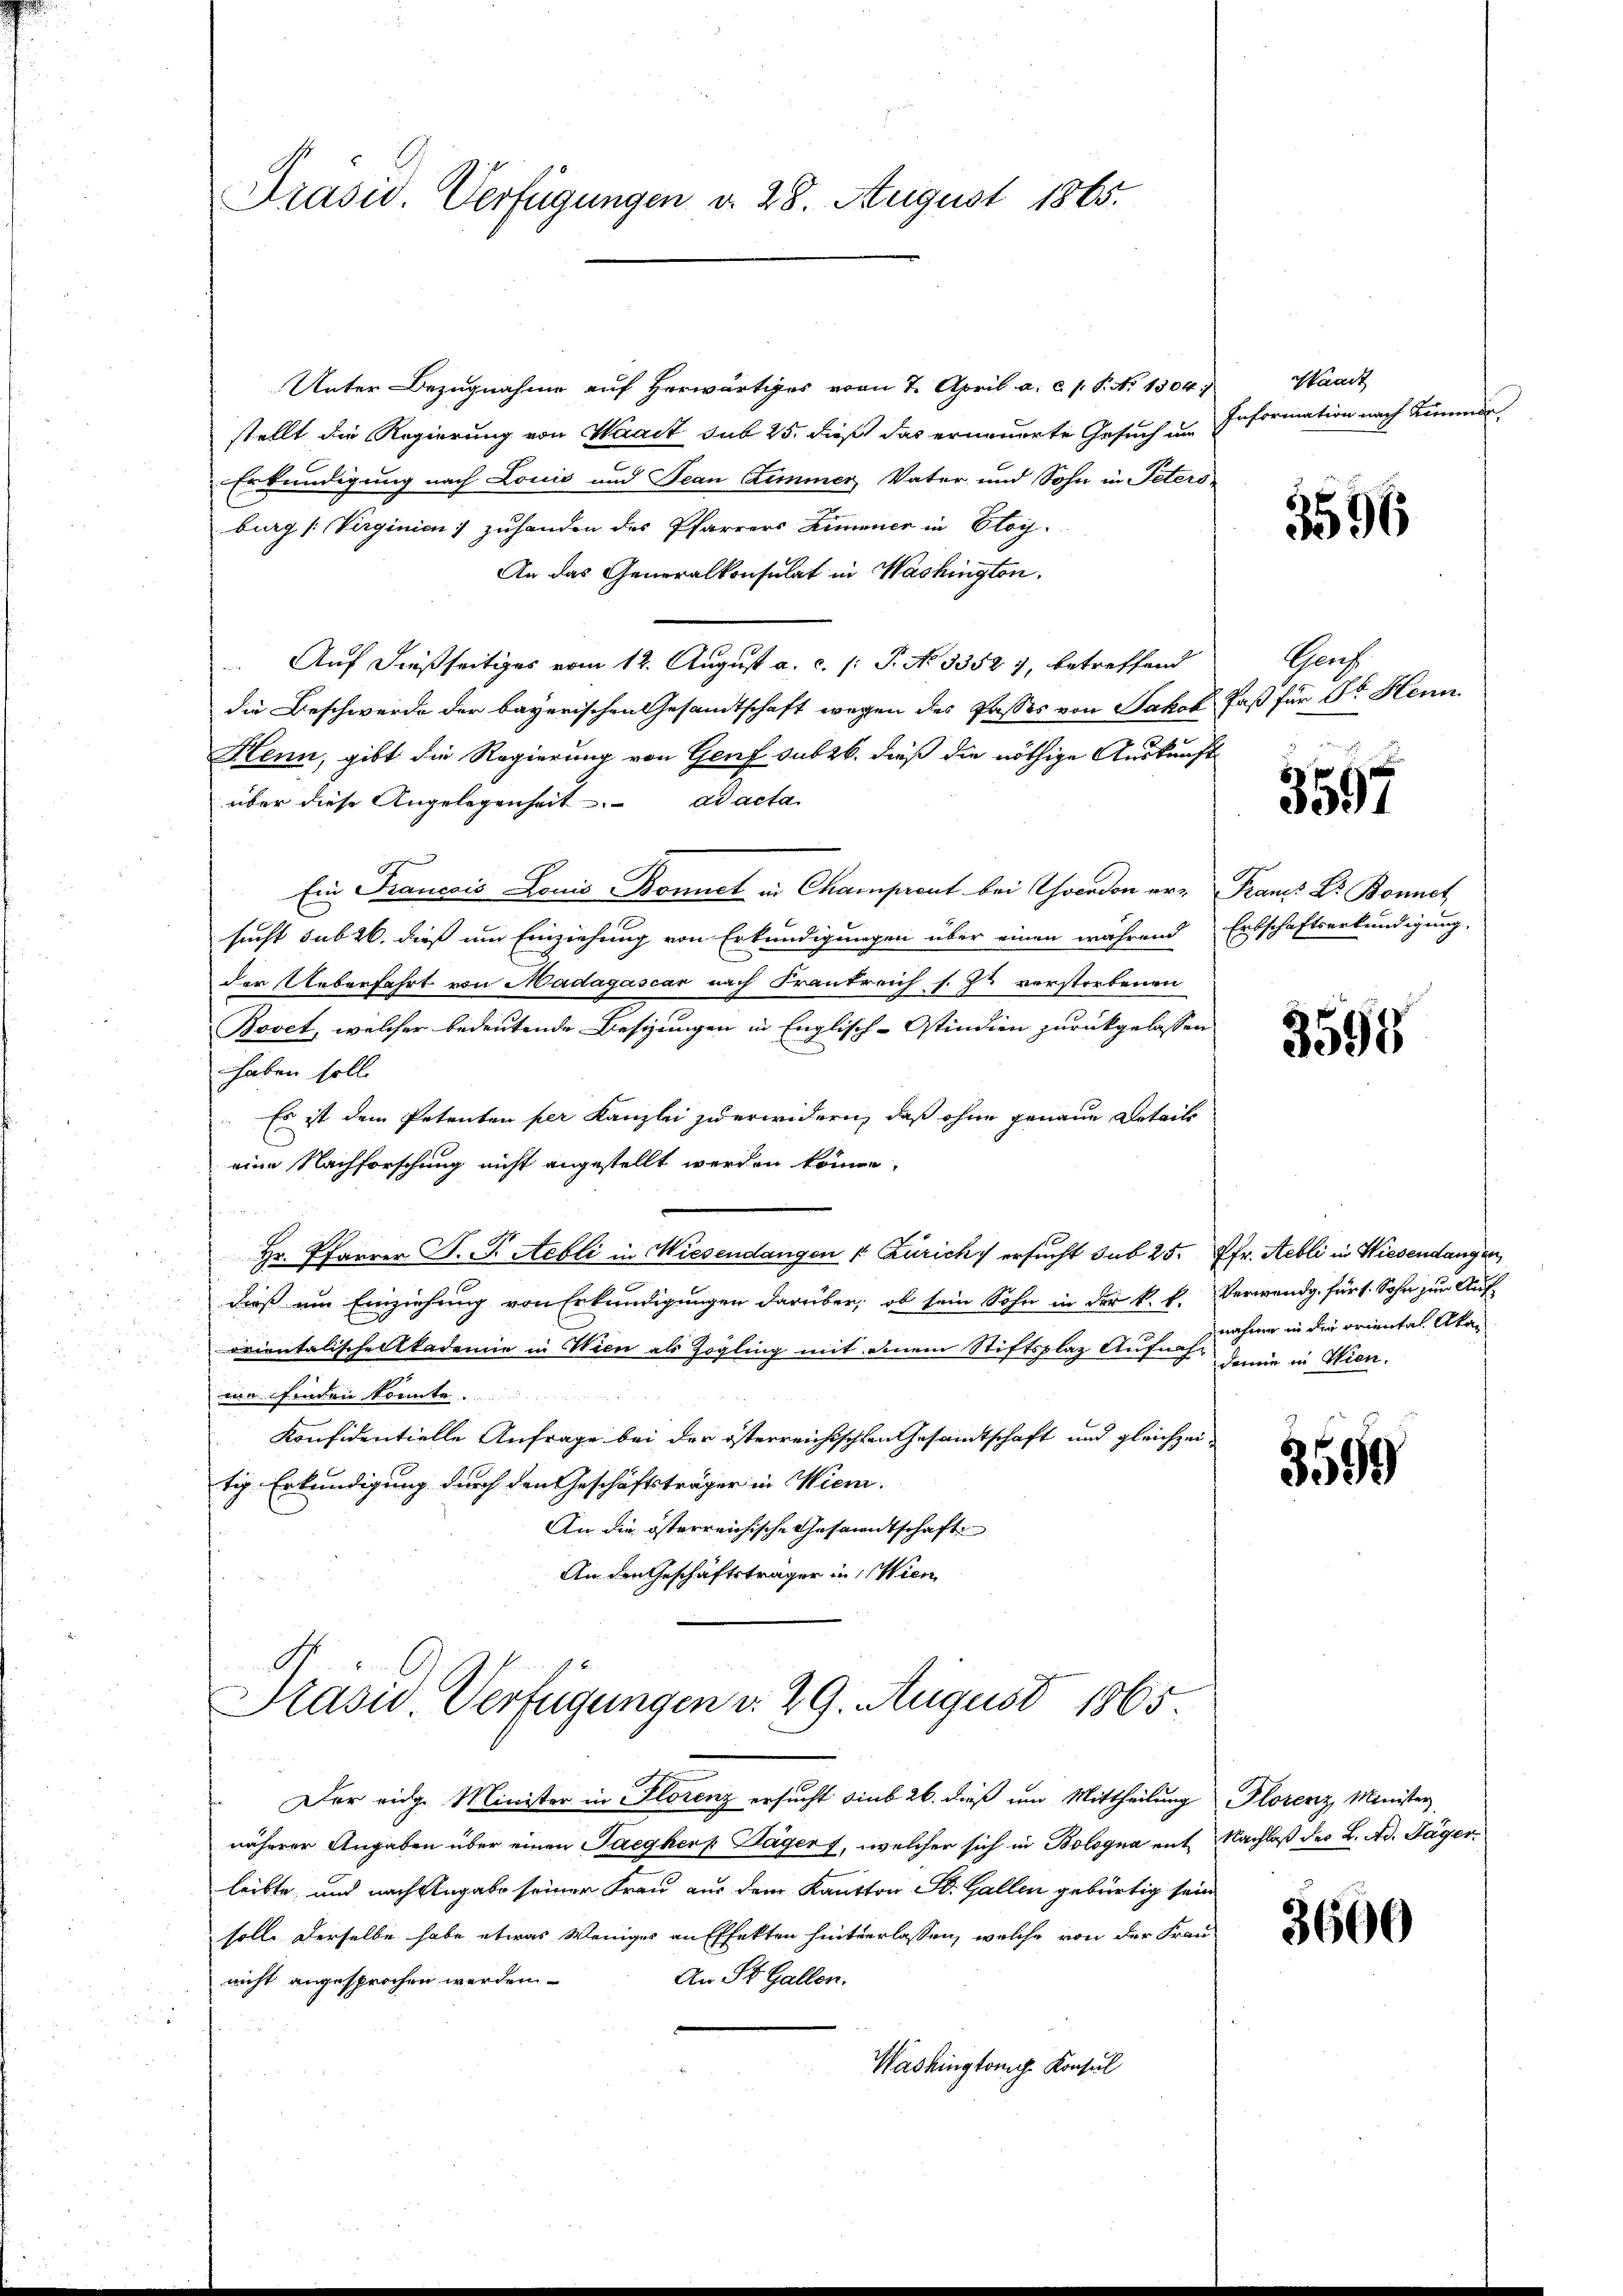
Präsid. Verfügungen d. 28. August 1865.

Unter Bezugnahme auf Herwärtiges vom 7. April a. c. s. S. N. 1304.
stellt die Regierung von Waadt sub 25. dieß das erneuerte Gesuch um
Erkundigung nach Louis und Jean Zimmer Vater und Sohn in Peters-
burg (Verginien) zuhanden das Pfarrers Zimmener in Eloy
An das Generalkonsulat in Washington.
Auf dießseitiges vom 12. August a. c. /: P. No 3352 7, betreffend
die Beschwerde der bayerischen Gesandtschaft wegen des Passes von Jakob
Henn, gibt die Regierung von Genf sub 26. dieß die nöthige Auskunft
über diese Angelegenheit. ad acta
Ein Francois Louis Bonet in Champrent bei Chocadon ersucht sub 26. dieß um Einziehung von Erkundigungen über einen während
der Ueberfahrt von Madagascar nach Frankreich s. Zu vorstorbenen
Bovet, welcher bedeutende Besizungen in Englisch-Ostindien zurückgelassen
haben soll.
Es ist dem Petenten per Kanzlei zu erwidern, daß ohne genaue Details
eine Nachforschung nicht angestellt werden können,
Hr. Pfarrer J. J. Aebli in Wiesendangen (: Zürich) ersucht sub 25. Pfr. Aebli in Wiesendangen,
dieß um Einziehung von Erkundigungen darüber, ob sein Sohn in der k. k.
u
orientalische Akademie in Wien als Zögling mit einem Stiftsplaz Aufnah-
s
min finden konnte.
Konfidentielle Anfrage bei der österreichischen Gesamtschaft und gleichzeitig. Erkundigung durch den Geschäftsträger in Wien.
An die österreichische Gesandtschaft
An den Geschäftsträger in Wien

Prasis Verfügungen d. 29. August 1865.

Der eidg. Minister in Florenz ersucht sind 26. dieß um Mittheilung Plorenz, Minister
näherer Angaben über einen Tacgherr Jägers, welcher sich in Bologna mit Nachlaß des L. Ad. Täger
leibte und nach Angabe seiner Frau aus dem Kanton St. Gallen gebürtig sein
soll. Derselbe habe etwas Weniges an Effekten hinterlassen, welche von der Frau-
An St. Gallen.
nicht angesprochen werden
Washington Konsul

Waadt
Information nach Simmen,

3596

Gherg
 Faß für Dr. Henn

3597

Franz Dr. Bonnet
Entschaftserkundigung.

3598

Verwendig, für 1. Sohn zur Aufnahme in die oriental Aka
demie in Wien.

3599

3600